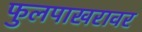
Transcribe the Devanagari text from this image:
फुलपाखरावर